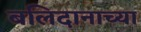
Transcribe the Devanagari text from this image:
बलिदानाच्या